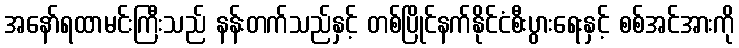
အနော်ရထာမင်းကြီးသည် နန်းတက်သည်နှင့် တစ်ပြိုင်နက်နိုင်ငံစီးပွားရေးနှင့် စစ်အင်အားကို